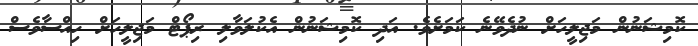
ކޮމިޝަނުން މަޖިލީހަށް ނުދެވޭނެ ކަމަށެވެ. އަދި ކޮމިޝަނުން އެކުލަވާލި ރިޕޯޓް މަޖިލީހަށް ހިއްސާވެސް